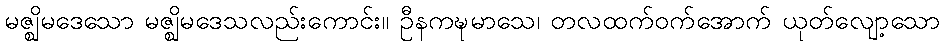
မဇ္ဈိမဒေသော မဇ္ဈိမဒေသလည်းကောင်း။ ဦနကဍ္ဎမာသေ၊ တလထက်ဝက်အောက် ယုတ်လျော့သော